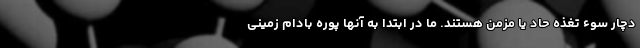
دچار سوء تغذه حاد یا مزمن هستند. ما در ابتدا به آنها پوره بادام زمینی